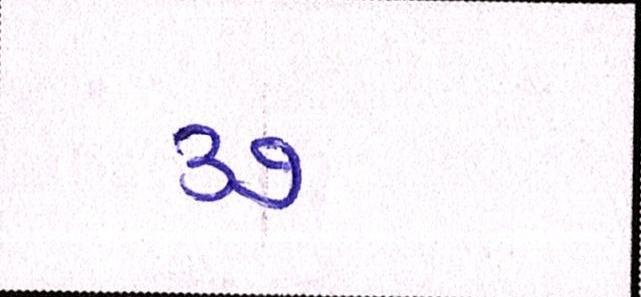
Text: ૩૭